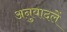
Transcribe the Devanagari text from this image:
अनुवादलें